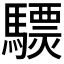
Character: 𩦈